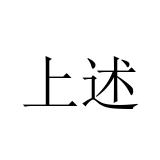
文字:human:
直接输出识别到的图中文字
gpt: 上述